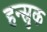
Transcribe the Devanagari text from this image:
हन्स्रुक